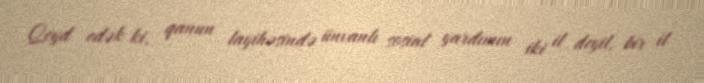
Qeyd edək ki, qanun layihəsində ünvanlı sosial yardımın iki il deyil, bir il